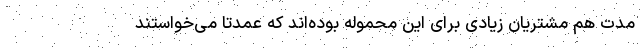
مدت هم مشتریان زیادی برای این محموله بوده‌اند که عمدتاً می‌خواستند